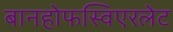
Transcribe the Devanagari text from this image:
बानहोफस्विएरलेट